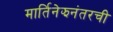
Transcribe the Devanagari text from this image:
मार्तिनेझनंतरची